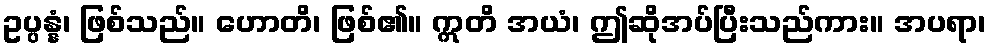
ဥပ္ပန္နံ၊ ဖြစ်သည်။ ဟောတိ၊ ဖြစ်၏။ ဣတိ အယံ၊ ဤဆိုအပ်ပြီးသည်ကား။ အပရာ၊